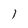
Character: 1